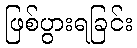
ဖြစ်ပွားရခြင်း